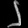
Digit: ၂